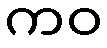
ကဝ